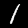
Label: 1